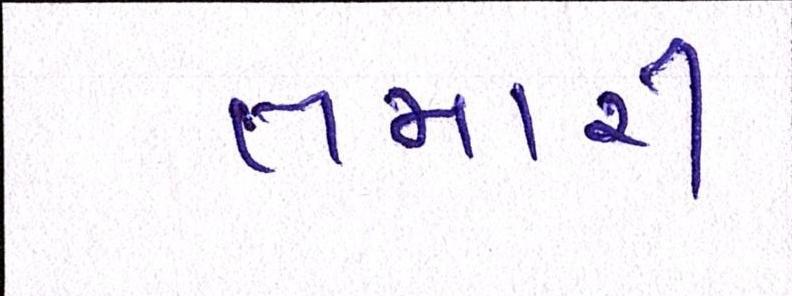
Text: તમારી